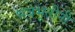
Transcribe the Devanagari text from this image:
भवभूतीनी